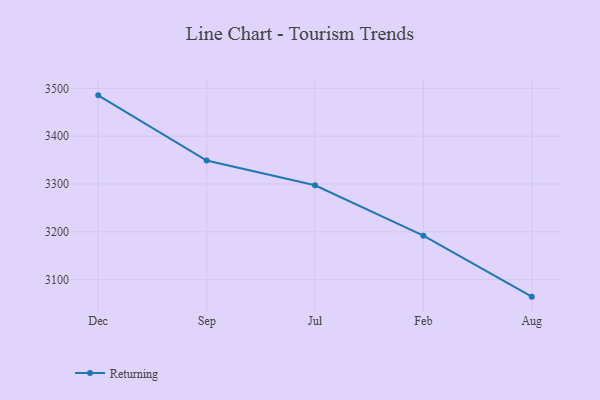
{"axis": {"x": "Month", "y": "Temperature (°C)"}, "legend": ["Returning"], "data": [{"x": "Dec", "y": 3485.3, "type": "Returning"}, {"x": "Sep", "y": 3348.9, "type": "Returning"}, {"x": "Jul", "y": 3297.4, "type": "Returning"}, {"x": "Feb", "y": 3192.0, "type": "Returning"}, {"x": "Aug", "y": 3064.5, "type": "Returning"}]}